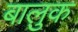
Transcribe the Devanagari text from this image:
बालुक